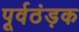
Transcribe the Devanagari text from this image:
पूर्वठंड़क